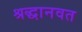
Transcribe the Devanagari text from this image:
श्रद्धानवत